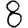
Digit: 8